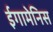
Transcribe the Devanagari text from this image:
ईगामेनिस